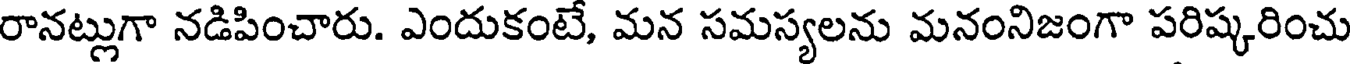
రానట్లుగా నడిపించారు. ఎందుకంటే, మన సమస్యలను మనంనిజంగా పరిష్కరించు